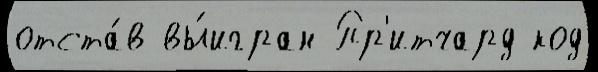
отста́в вы́игран Пр'итчард код